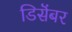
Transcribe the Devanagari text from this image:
डिसॆंबर